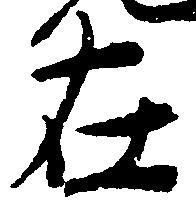
在